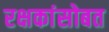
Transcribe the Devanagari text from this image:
रक्षकांसोबत